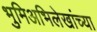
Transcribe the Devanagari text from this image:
भुमिअभिलेखांच्या